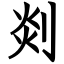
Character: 剡